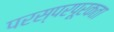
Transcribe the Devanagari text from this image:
परस्परपूरकता